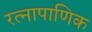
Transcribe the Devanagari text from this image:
रत्‍नापाणिक